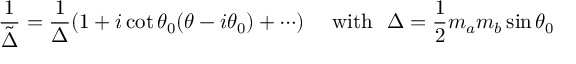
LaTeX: \frac { 1 } { \tilde { \Delta } } = \frac { 1 } { \Delta } ( 1 + i \cot \theta _ { 0 } ( \theta - i \theta _ { 0 } ) + \cdots ) \quad ~ \mathrm { w i t h } ~ ~ \Delta = \frac { 1 } { 2 } m _ { a } m _ { b } \sin \theta _ { 0 }